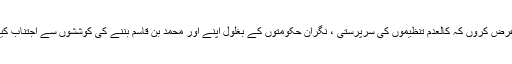
بہت ادب کے ساتھ عرض کروں کہ کالعدم تنظیموں کی سرپرستی ، نگران حکومتوں کے بغلول اپنے اور محمد بن قاسم بننے کی کوششوں سے اجتناب کیا جائے تو بہتر ہوگا۔